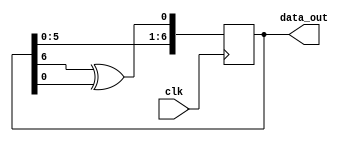
module lfsr7(data_out, clk);

	output [7:1] data_out;
	input clk;
	
	reg [7:1] sreg;
	
	initial sreg = 7'b1;
	
	always @ (posedge clk)
		sreg <= {sreg[6:1], sreg[7] ^ sreg[1]};
		
	assign data_out = sreg;
	
endmodule